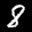
Label: 8